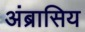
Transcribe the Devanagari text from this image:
अंब्रासिय